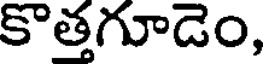
కొత్తగూడెం,